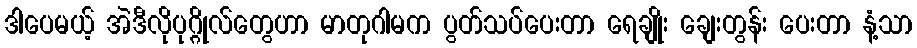
ဒါပေမယ့် အဲဒီလိုပုဂ္ဂိုလ်တွေဟာ မာတုဂါမက ပွတ်သပ်ပေးတာ ရေချိုး ချေးတွန်း ပေးတာ နံ့သာ